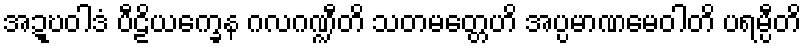
အဍ္ဎဝါဒံ ပီဠိယက္ခေန ဂလဂဏ္ဍီတိ သတမတ္တေဟိ အပ္ပမာဏမေဝါတိ ပရမ္ပီတိ